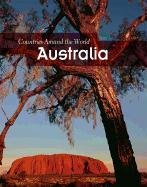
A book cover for Australia (Countries Around the World); Mary Colson; Children's Books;